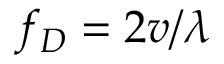
f _ { D } = 2 v / \lambda